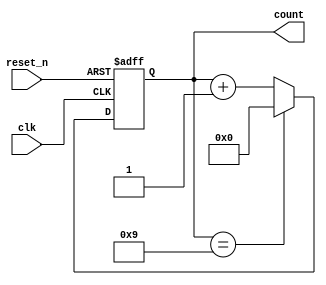
module BCD_Asynchronous_Counter (
    input wire clk,          // Clock signal
    input wire reset_n,      // Asynchronous active-low reset signal
    output reg [3:0] count   // 4-bit BCD count output
);

// Asynchronous reset and counting behavior
always @(posedge clk or negedge reset_n) begin
    if (!reset_n) begin
        count <= 4'b0000;  // Reset to 0 on active-low reset
    end else if (count == 4'b1001) begin
        count <= 4'b0000;  // Reset to 0 when reaching 10 (1010)
    end else begin
        count <= count + 1; // Increment count
    end
end

endmodule